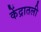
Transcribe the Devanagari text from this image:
केंद्रातली